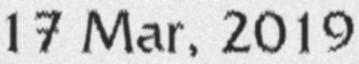
17 Mar, 2019